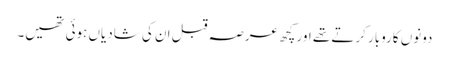
دونوں کاروبار کرتے تھے اور کچھ عرصہ قبل ان کی شادیاں ہوئی تھیں۔